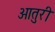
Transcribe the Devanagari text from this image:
आतुरी